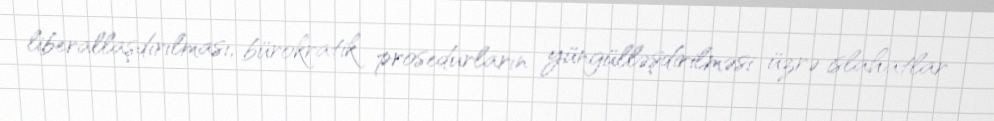
liberallaşdırılması, bürokratik prosedurların yüngülləşdirilməsi üzrə islahatlar